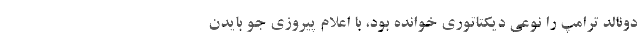
دونالد ترامپ را نوعی دیکتاتوری خوانده بود، با اعلام پیروزی جو بایدن